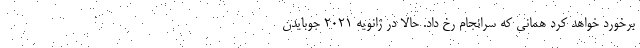
برخورد خواهد کرد همانی که سرانجام رخ داد. حالا در ژانویه 2021 جوبایدن